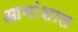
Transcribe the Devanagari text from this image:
आमांशात